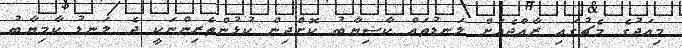
މިއަދުގެ މެޗުގައި ރާއްޖެއަށް ލަނޑުތައް ކާޟިޔާބު ކޮށްދިން ކުޅުންތެރިންނަކީ ދެ ލަނޑު ކާމިޔާބު